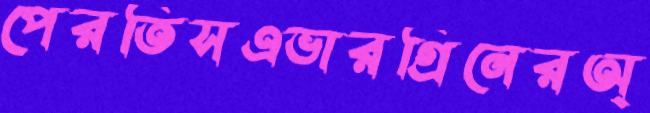
পেরতিসএভারগ্রিনেরঅ্